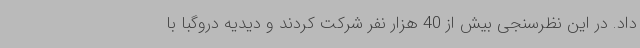
داد. در این نظرسنجی بیش از 40 هزار نفر شرکت کردند و دیدیه دروگبا با